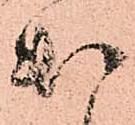
出